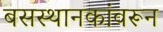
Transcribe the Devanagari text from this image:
बसस्थानकांवरून